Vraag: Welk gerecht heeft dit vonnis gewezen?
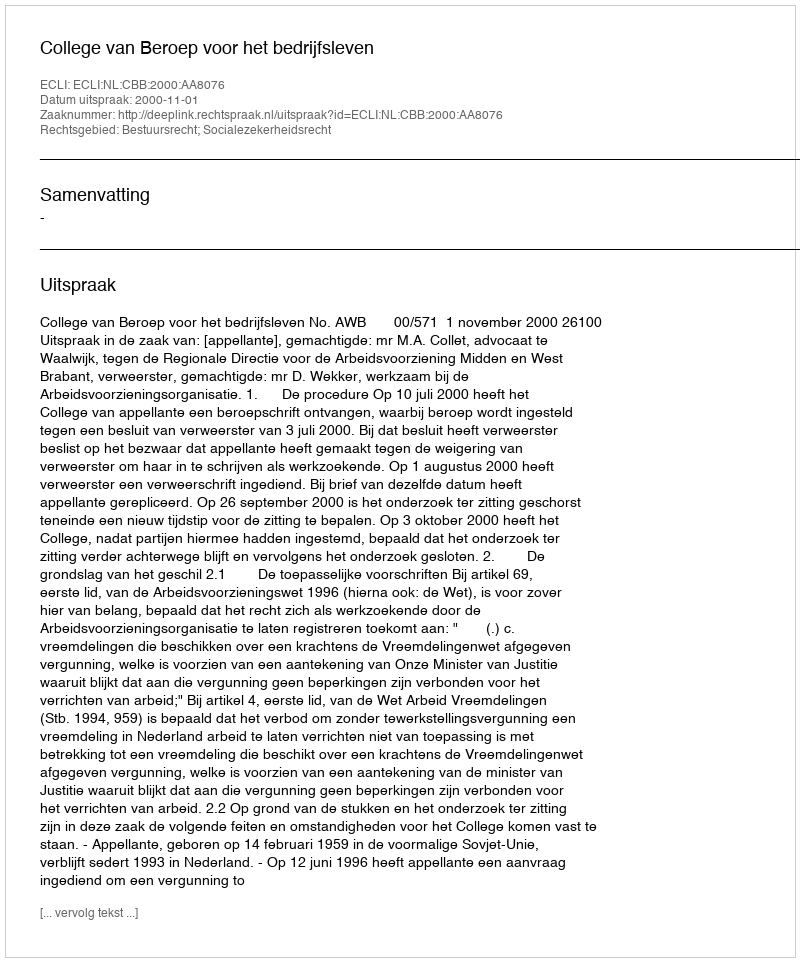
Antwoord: College van Beroep voor het bedrijfsleven